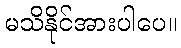
မသိနိုင်အားပါပေ။